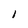
Character: l